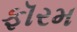
ફૉરમ